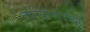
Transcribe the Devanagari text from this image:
तार्‍यांसारखा